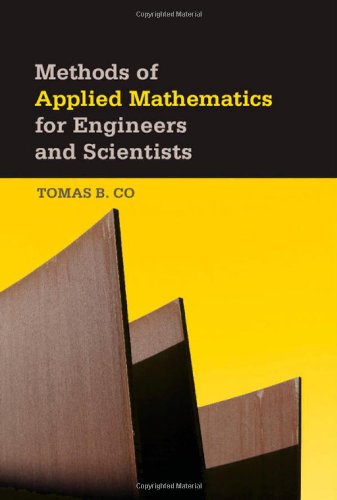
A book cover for Methods of Applied Mathematics for Engineers and Scientists; Tomas B. Co; Science & Math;